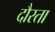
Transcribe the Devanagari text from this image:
दौरता